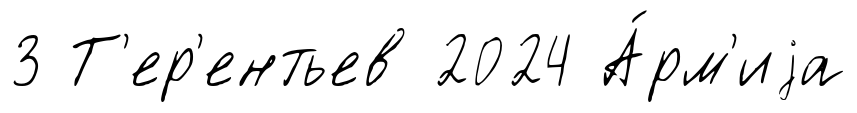
3 Т'ер'ентьев 2024 А́рм'иjа